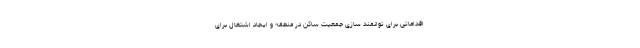
اقداماتی برای توانمند سازی جمعیت ساکن در منطقه و ایجاد اشتغال برای